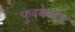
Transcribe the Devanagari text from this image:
फुदककीट